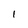
Character: 1